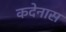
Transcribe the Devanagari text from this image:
कदेनास